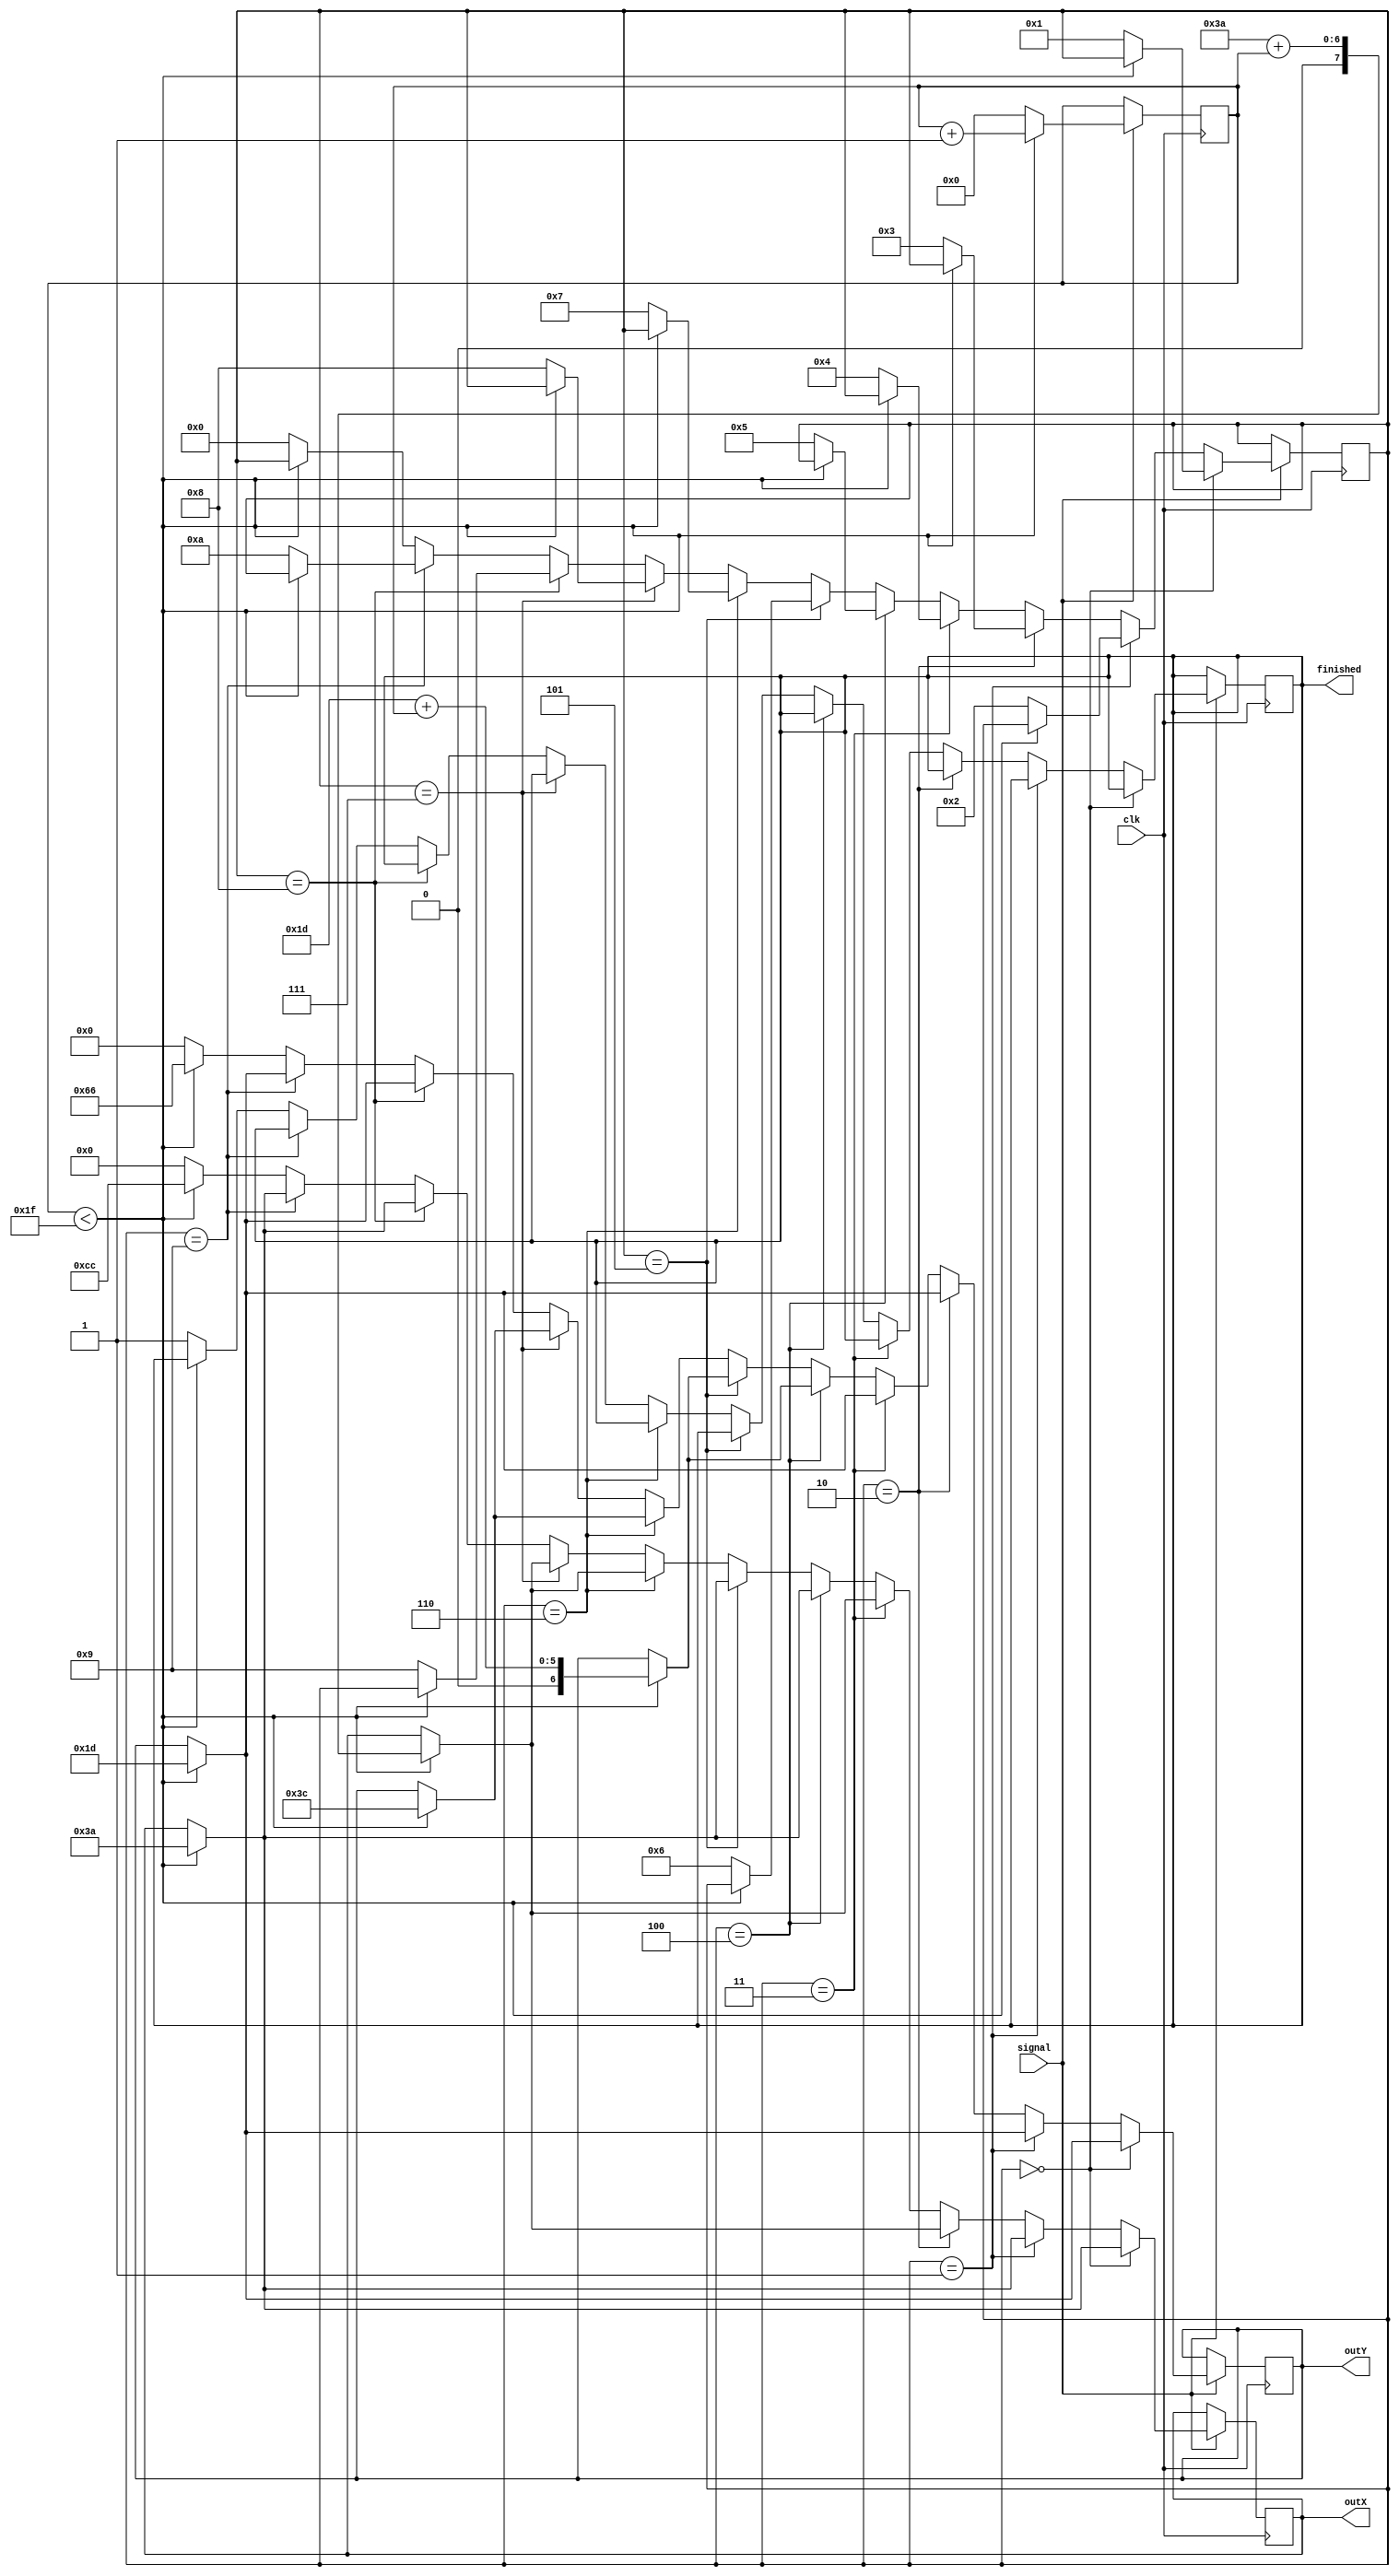
module drawC
    (
      clk,                        //    On Board 50 MHz
      signal,
		  outX,
		  outY,
      finished
    );

    input clk;                //    50 MHz
	 input signal;

    output reg finished;

    wire reset = 1'b1;

    reg [4:0] counter;
    reg [3:0] stateC = 4'b0000;
    wire [7:0] startX;
	 assign startX = 8'b00111010;
    wire [6:0] startY;
	 assign startY = 7'b0011101;


    output reg [7:0] outX;
    output reg [6:0] outY;

  always @ (posedge clk)
	 begin
  		if(signal == 1'b1)
  			begin
  				 if (stateC == 4'b0000)
  					begin
  						 if (counter < 5'b11111)
  							begin
  							  outX <= startX;
  							  outY <= startY;
  							  counter <= counter + 1'b1;
  							end
  						 else
  							begin
  							  stateC <= 4'b0001;
  							  counter <= 5'b00000;
  							end
  					 end
    			else if (stateC == 4'b0001)
    				 begin
    					 if (counter < 5'b11111)
    						begin
    						  outX <= startX;
    						  outY <= startY;
    						  counter <= counter + 1'b1;
    						end
    					 else
    						begin
    						  stateC <= 4'b0010;
    						  counter <= 5'b00000;
    						end
    				  end
				else if (stateC == 4'b0010)
					 begin
						 if (counter < 5'b11111)
							begin
							  outX <= startX + counter;
							  outY <= startY;
							  counter <= counter + 1'b1;
							end
						 else
							begin
							  stateC <= 4'b0011;
							  counter <= 5'b00000;
							end
					 end
				else if (stateC == 4'b0011)
					  begin
						 if (counter < 5'b11111)
							begin
							  outX <= startX + counter;
							  outY <= startY;
							  counter <= counter + 1'b1;
							end
						 else
							begin
							  stateC <= 4'b0100;
							  counter <= 5'b00000;
							end
					  end
				else if (stateC == 4'b0100)
					  begin
						 if (counter < 5'b11111)
							begin
							  outX <= startX;
							  outY <= startY + counter;
							  counter <= counter + 1'b1;
							end
						 else
							begin
							  stateC <= 4'b0101;
							  counter <= 5'b00000;
							end
					  end
				else if (stateC == 4'b0101)
					  begin
						 if (counter < 5'b11111)
							begin
							  outX <= startX;
							  outY <= startY + counter;
							  counter <= counter + 1'b1;
							end
						 else
							begin
							  stateC <= 4'b0110;
							  counter <= 5'b00000;
							end
						end
				 else if (stateC == 4'b0110)
					begin
					 if (counter < 5'b11111)
					  begin
						 outX <= startX + counter;
						 outY <= startY + 5'b11111;
						 counter <= counter + 1'b1;
					  end
					 else
					  begin
						 stateC <= 4'b0111;
						 counter <= 5'b00000;
					  end
					end
				 else if (stateC == 4'b0111)
					begin
					 if (counter < 5'b11111)
					  begin
						 outX <= startX + counter;
						 outY <= startY + 5'b11111;
						 counter <= counter + 1'b1;
					  end
					 else
					  begin
						 stateC <= 4'b1000;
						 counter <= 5'b00000;
					  end
					end
				 else if (stateC == 4'b1000)
					begin
					 if (counter < 5'b11111)
					  begin
						 outX <= startX;
						 outY <= startY;
						 counter <= counter + 1'b1;
					  end
					 else
					  begin
						 stateC <= 4'b1001;
						 counter <= 5'b00000;
					  end
					end
				 else if (stateC == 4'b1001)
					begin
					 if (counter < 5'b11111)
					  begin
						 outX <= startX;
						 outY <= startY;
						 counter <= counter + 1'b1;
					  end
					 else
					  begin
						 stateC <= 4'b1010;
						 counter <= 5'b00000;
					  end
					end
				 else
					begin
					 if (counter < 5'b11111)
					  begin
						 outX <= 8'b11001100;
						 outY <= 7'b1100110;
						 counter <= counter + 1'b1;
					  end
					 else
					  begin
						 finished <= 1'b1;
						 stateC <= 4'b0000;
						 counter <= 5'b00000;
						 outX <= 8'b00000000;
						 outY <= 7'b0000000;
					  end
					end
  			end

  end

endmodule